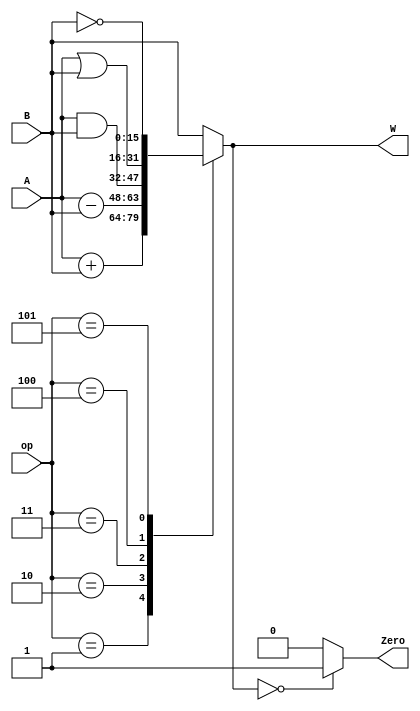
module ALU(A,
           B,
           W,
           op,
           Zero);
    input[15:0] A,B;
    output reg[15:0] W = 15'b1;
    output Zero;
    input[2:0] op;
    
    always@(A or B or op)
    begin
        case(op)
            0: W      = B;
            1: W      = A+B;
            2: W      = A-B;
            3: W      = A&B;
            4: W      = A|B;
            5: W      = ~B;
            default W = B;
        endcase
    end
    
    assign Zero = (W == 0)?1'b1:1'b0;
    
endmodule